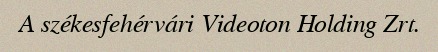
A székesfehérvári Videoton Holding Zrt.